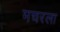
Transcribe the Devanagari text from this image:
मचरला